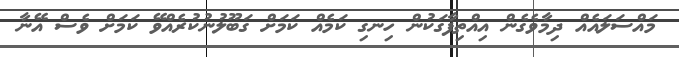
މައްސަލައެއް ދިމާވެގެން އިއްތިފާގަކުން ހިނގި ކަމެއް ކަމަށް ގަބޫލުނުކުރެއްވޭ ކަމަށް ވެސް އޭނާ